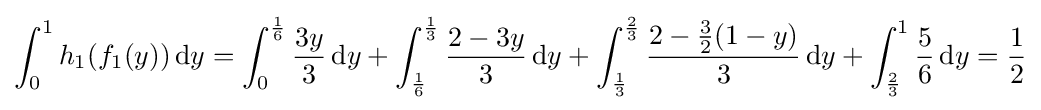
\int _{0}^{1}h_{1}(f_{1}(y))\,\mathrm {d} y=\int _{0}^{\frac {1}{6}}{\frac {3y}{3}}\,\mathrm {d} y+\int _{\frac {1}{6}}^{\frac {1}{3}}{\frac {2-3y}{3}}\,\mathrm {d} y+\int _{\frac {1}{3}}^{\frac {2}{3}}{\frac {2-{\frac {3}{2}}(1-y)}{3}}\,\mathrm {d} y+\int _{\frac {2}{3}}^{1}{\frac {5}{6}}\,\mathrm {d} y={\frac {1}{2}}